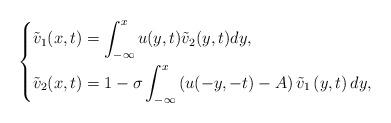
LaTeX: \begin{align*} \left\{ \begin{aligned} &\tilde{v}_1(x,t)=\int_{-\infty}^{x}u(y,t)\tilde{v}_2(y,t)dy, \\ &\tilde{v}_2(x,t)=1-\sigma \int_{-\infty}^{x}\left(u(-y,-t)-A\right)\tilde{v}_1\left(y,t\right)dy, \\ \end{aligned}\right.\end{align*}